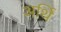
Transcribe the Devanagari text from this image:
अर्थि